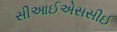
સીઆઈએસસીઈ